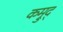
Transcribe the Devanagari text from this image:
कम्रुद्